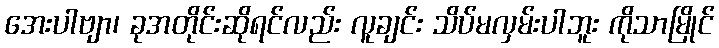
အေးပါဗျာ၊ ခုအတိုင်းဆိုရင်လည်း လူချင်း သိပ်မလှမ်းပါဘူး ကိုသာမြိုင်